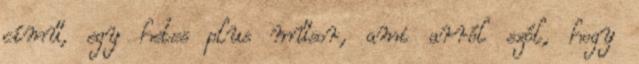
című, egy hetes plus műsor, ami arról szól, hogy